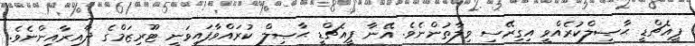
ޕީއެޗްޑީ ޙާޞިލްކުރެއްވީ އިގިރޭސި ވިލާތުންނެވެ. އޭނާ ޕީއެޗްޑީ ޙާޞިލް ކުރައްވާފައިވަނީ ޓޫރިޒަމްގެ ދާއިރާއިންނެވެ.